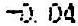
-0.04